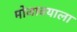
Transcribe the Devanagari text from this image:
मोजावयाला